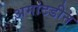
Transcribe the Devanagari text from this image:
अमांटडीन